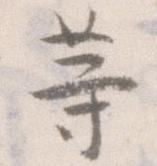
等